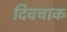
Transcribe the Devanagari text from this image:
दिवचाक